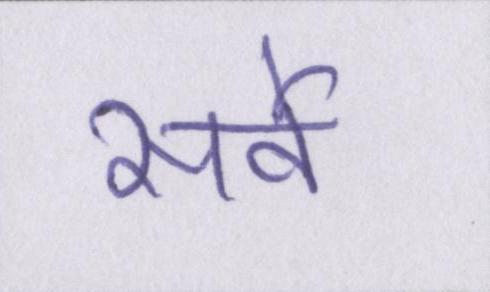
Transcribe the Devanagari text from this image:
सर्वे